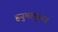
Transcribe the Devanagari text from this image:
हनुमत्कुण्ड